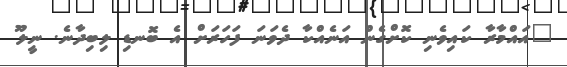
"އައްމާރާ ކައިވެނި ކޮށްގެން އަނެއްކާ ދެވަނަ ފަހަރަށް އެ ބޮނޑި ލިބިދާނެ. ނީލޫ